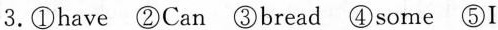
3.①have ②Can ③bread ④some ⑤I